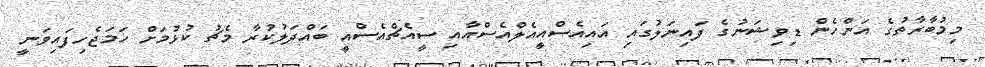
މިމުބާރާތުގެ އަންހެން ޑިވިޝަނުގެ ފައިނަލުގައި އައިއެސްއީއެލްއެސްއާއި ސީއެޗްއެސްއީ ބައްދަލުކުރާ މެޗު ކުޅުމަށް ހަމަޖެހިފައިވަނީ